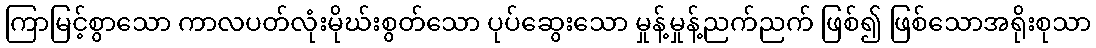
ကြာမြင့်စွာသော ကာလပတ်လုံးမိုဃ်းစွတ်သော ပုပ်ဆွေးသော မှုန့်မှုန့်ညက်ညက် ဖြစ်၍ ဖြစ်သောအရိုးစုသာ